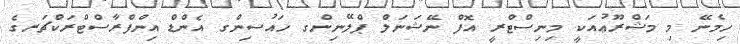
ހިމެނޭ މި މަޝްރޫޢުއަކީ މިނިސްޓްރީ އޮފް ނޭޝަނަލް ޕްލޭނިންގ ހައުސިންގ އެންޑް އިންފްރާސްޓްރަކްޗަރގެ